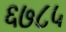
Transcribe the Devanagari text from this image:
६७८५